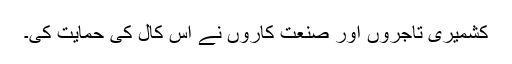
کشمیری تاجروں اور صنعت کاروں نے اس کال کی حمایت کی۔